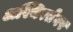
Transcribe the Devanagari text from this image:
अस्थिरतेवर